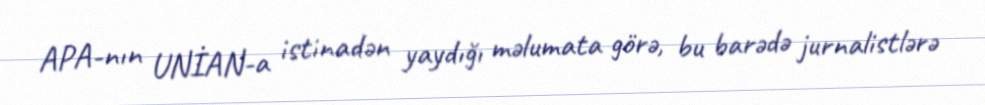
APA-nın UNİAN-a istinadən yaydığı məlumata görə, bu barədə jurnalistlərə